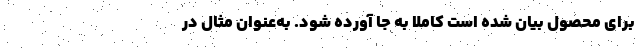
برای محصول بیان شده است کاملاً به جا آورده شود. به‌عنوان مثال در